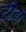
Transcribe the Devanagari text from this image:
दीबा